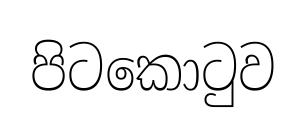
පිටකොටුව